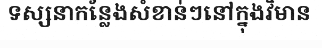
ទស្សនាកន្លែងសំខាន់ៗនៅក្នុងវិមាន